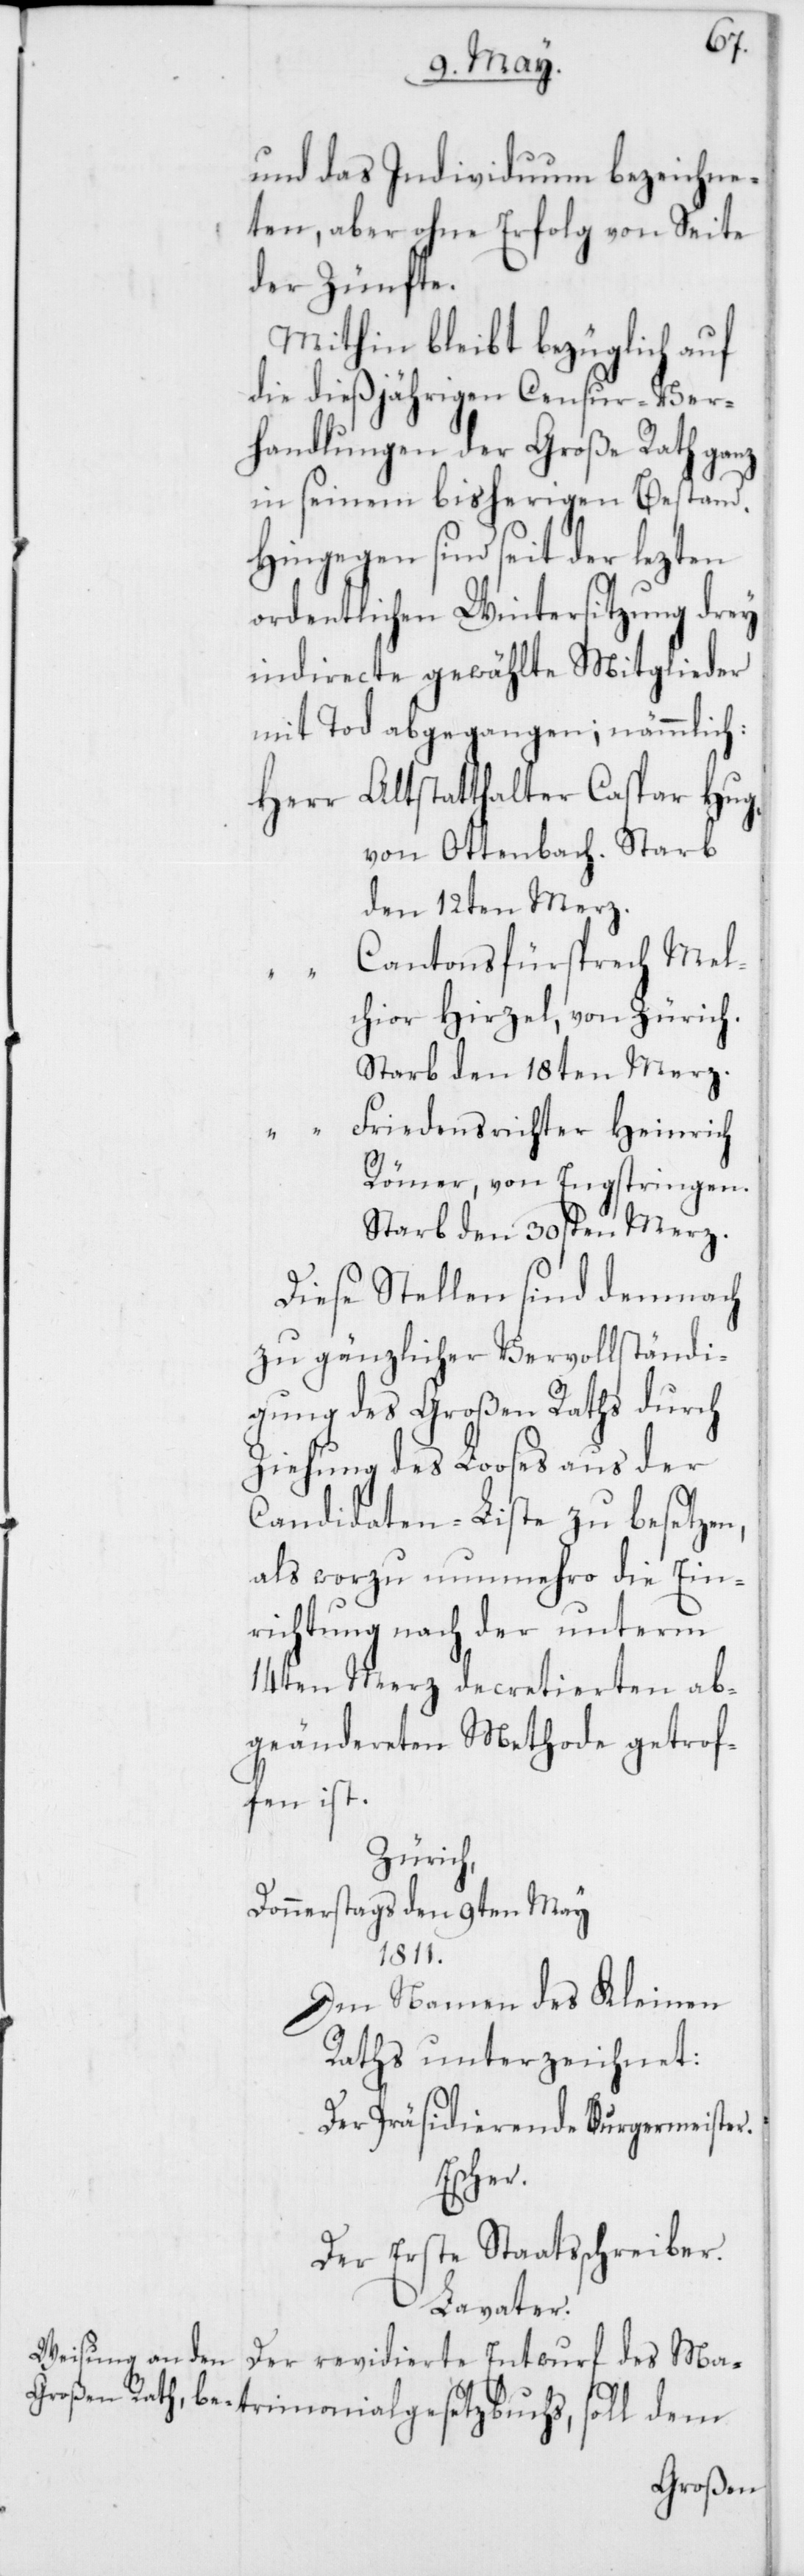
und das Individuum bezeichne¬
ten, aber ohne Erfolg von Seite
der Zünfte.
Mithin bleibt bezüglich auf
die dießjährigen Censur-Ver¬
handlungen der Große Rath ganz
in seinem bisherigen Bestand.
Hingegen sind seit der lezten
ordentlichen Wintersitzung drey
indirecte gewählte Mitglieder
mit Tod abgegangen; nämmlich:
Altstatthalter Caspar Hug,
von Ottenbach. Starb
den 12ten Merz.
Cantonsfürsprech Mel¬
chior Hirzel, von Zürich.
starb den 18ten Merz.
Friedensrichter Heinrich
Römer, von Engstringen.
Starb den 30sten Merz.
Diese Stellen sind demnach
zu gänzlicher Vervollständi¬
gung des Großen Raths durch
Ziehung des Looses aus der
Candidaten-Liste zu besetzen,
als worzu nunmehro die Ein¬
richtung nach der unterm
14ten Merz decretierten ab¬
geändereten Methode getrof¬
fen ist.
Zürich,
Donnerstags den 9ten May
1811.
Im Namen des Kleinen
Raths unterzeichnet:
Der Präsidierende Burgermeister.
Herr
Der Erste Staatsschreiber.
Lavater.
Der revidierte Entwurf des